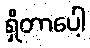
ရှိတာပေါ့